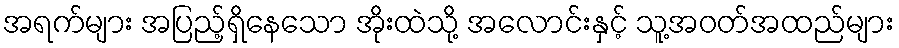
အရက်များ အပြည့်ရှိနေသော အိုးထဲသို့ အလောင်းနှင့် သူ့အဝတ်အထည်များ